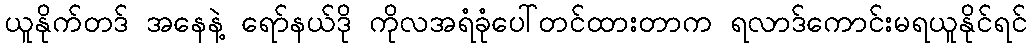
ယူနိုက်တဒ် အနေနဲ့ ရော်နယ်ဒို ကိုလအရံခုံပေါ်တင်ထားတာက ရလာဒ်ကောင်းမရယူနိုင်ရင်